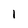
Character: l